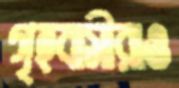
গৃহবাসীরাও